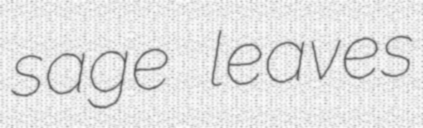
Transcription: sage leaves